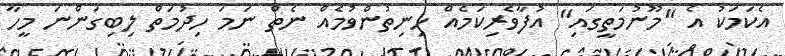
އެކަމަކު އެ "މޫނުމަތީގައި" އުފާވެރިކަމެއް ހިނިތުންވުމެއް ނެތް ނަމަ ހިދުމަތް ލިބިގަންނަ މީހާ